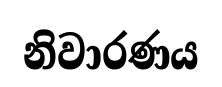
නිවාරණය